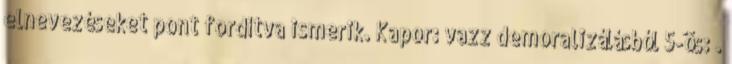
elnevezéseket pont fordítva ismerik. Kapor: vazz demoralizálásból 5-ös: .